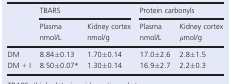
| <ROWSPAN=2>  | <COLSPAN=2> TBARS | <COLSPAN=2> Protein carbonyls |
 | Plasma nmol/L | Kidney cortex nmol/g | Plasma nmol/L | Kidney cortex μmol/g |
 | --- | --- | --- | --- | --- |
 | DM | 8.84±0.13 | 1.70±0.14 | 17.0±2.6 | 2.8±1.5 |
 | DM + I | 8.50±0.07* | 1.30±0.14 | 16.9±2.7 | 2.2±0.3 |